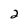
Character: 2